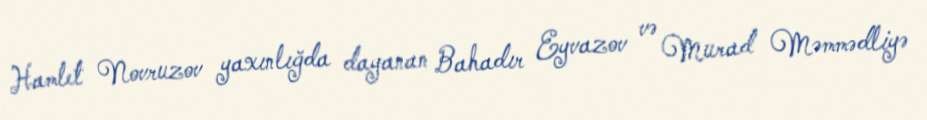
Hamlet Novruzov yaxınlığda dayanan Bahadır Eyvazov və Murad Məmmədliyə